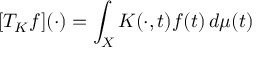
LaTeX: [ T _ { K } f ] ( \cdot ) = \int _ { X } K ( \cdot , t ) f ( t ) \, d \mu ( t )